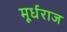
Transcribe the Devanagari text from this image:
मूर्धराज